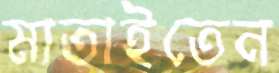
মাতাইতেন